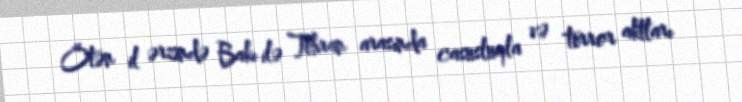
Ötən il ərzində Bakı ilə Tehran arasında casusluqla və terror aktları